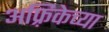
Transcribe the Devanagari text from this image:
अफ़्रिकेच्या